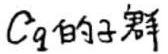
$C_q 的子群$